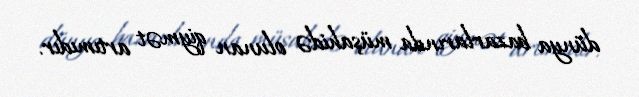
dünya bazarlarında müşahidə olunan qiymət artımıdır.